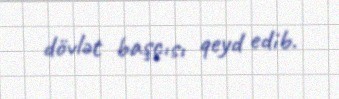
dövlət başçısı qeyd edib.